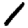
Digit: 1